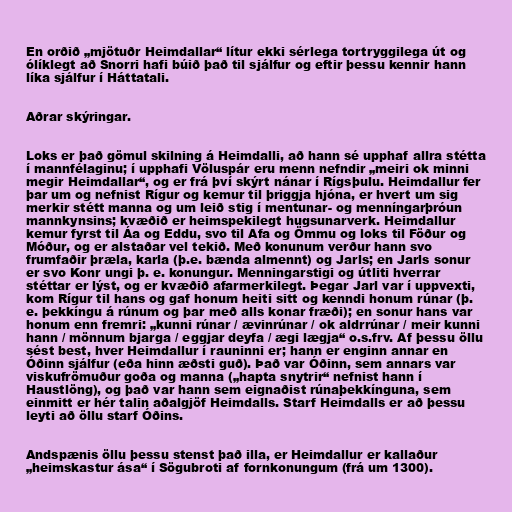
En orðið „mjötuðr Heimdallar“ lítur ekki sérlega tortryggilega út og
ólíklegt að Snorri hafi búið það til sjálfur og eftir þessu kennir hann
líka sjálfur í Háttatali.

Aðrar skýringar.

Loks er það gömul skilning á Heimdalli, að hann sé upphaf allra stétta
í mannfélaginu; í upphafi Völuspár eru menn nefndir „meiri ok minni
megir Heimdallar“, og er frá því skýrt nánar í Rígsþulu. Heimdallur fer
þar um og nefnist Rígur og kemur til þriggja hjóna, er hvert um sig
merkir stétt manna og um leið stig í mentunar- og menníngarþróun
mannkynsins; kvæðið er heimspekilegt hugsunarverk. Heimdallur
kemur fyrst til Áa og Eddu, svo til Afa og Ömmu og loks til Föður og
Móður, og er alstaðar vel tekið. Með konunum verður hann svo
frumfaðir þræla, karla (þ.e. bænda almennt) og Jarls; en Jarls sonur
er svo Konr ungi þ. e. konungur. Menningarstigi og útliti hverrar
stéttar er lýst, og er kvæðið afarmerkilegt. Þegar Jarl var í uppvexti,
kom Rígur til hans og gaf honum heiti sitt og kenndi honum rúnar (þ.
e. þekkíngu á rúnum og þar með alls konar fræði); en sonur hans var
honum enn fremri: „kunni rúnar / ævinrúnar / ok aldrrúnar / meir kunni
hann / mönnum bjarga / eggjar deyfa / ægi lægja“ o.s.frv. Af þessu öllu
sést best, hver Heimdallur í rauninni er; hann er enginn annar en
Óðinn sjálfur (eða hinn æðsti guð). Það var Óðinn, sem annars var
viskufrömuður goða og manna („hapta snytrir“ nefnist hann í
Haustlöng), og það var hann sem eignaðist rúnaþekkínguna, sem
einmitt er hér talin aðalgjöf Heimdalls. Starf Heimdalls er að þessu
leyti að öllu starf Óðins.

Andspænis öllu þessu stenst það illa, er Heimdallur er kallaður
„heimskastur ása“ í Sögubroti af fornkonungum (frá um 1300).